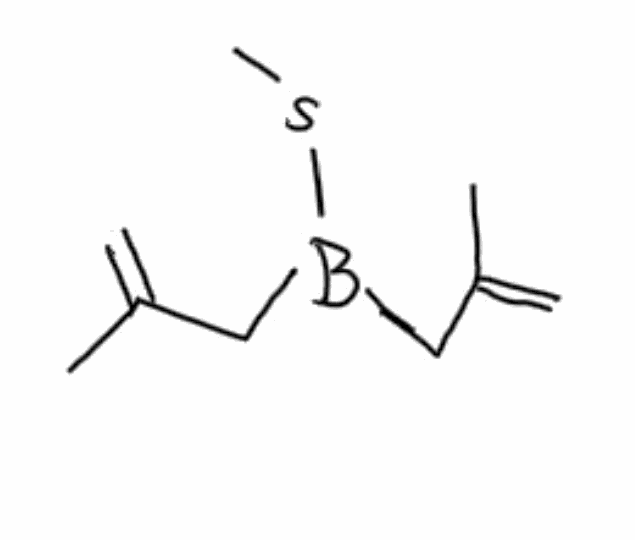
Simplified molecular-input line-entry system (SMILES) notation of the given molecule:
B(CC(=C)C)(CC(=C)C)SC